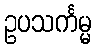
ဥပသင်္ကမ္မ